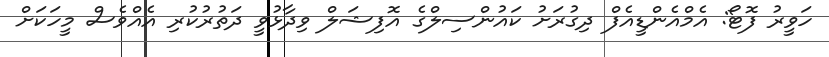
ހަވީރު ފޮޓޯ: އެމްއެންޑީއެފް ދިގުރަށު ކައުންސިލްގެ އޮފިޝަލް ވިދާޅުވީ ދަތުރުކުރި އެއްވެސް މީހަކަށް